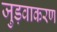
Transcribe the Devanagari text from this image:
जुड़वाकरण